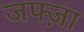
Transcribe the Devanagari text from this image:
जफ्ज़ा